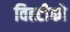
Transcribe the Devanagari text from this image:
विह्टीको